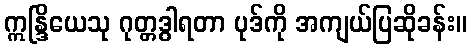
ဣန္ဒြိယေသု ဂုတ္တဒွါရတာ ပုဒ်ကို အကျယ်ပြဆိုခန်း။